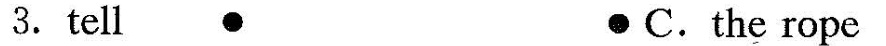
3.tell ● ● C.the rope.